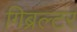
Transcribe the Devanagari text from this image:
गिब्रल्टर